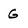
Character: G